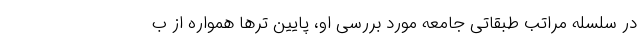
در سلسله مراتب طبقاتی جامعه مورد بررسی او، پایین ترها همواره از ب